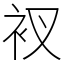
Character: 衩